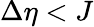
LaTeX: \Delta\eta<J